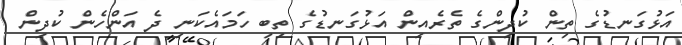
އަޅުގަނޑުގެ ތިން ކުދިންގެ ތެރެއިން އަޅުގަނޑުގެ ތިބި ހަމައެކަނި ދެ އަންހެން ކުދިން